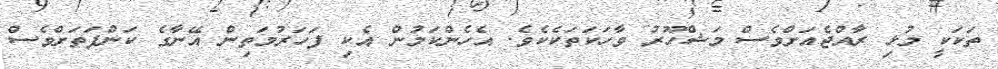
ތަކަކީ މުޅި ރާއްޖެއަށްވެސް މަޝްހޫރު ވާހަކަތަކެކެވެ. އެހެންކަމުން އެކި ފަހަރުމަތިން އޭނާގެ ކަންފަތަށްވެސް